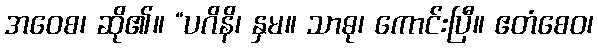
အဝေစ၊ ဆို၏။ “ပဂိနိ၊ နှမ။ သာဓု၊ ကောင်းပြီ။ ဧတံစေဝ၊